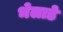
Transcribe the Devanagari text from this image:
भेलाडे